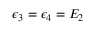
{ \epsilon _ { 3 } = \epsilon _ { 4 } = E _ { 2 } }